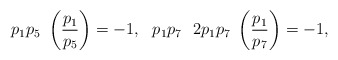
\begin{align*} &p_1p_5\ \left(\frac{p_1}{p_5}\right)=-1,\ \ p_1p_7\ \ 2p_1p_7\ \left(\frac{p_1}{p_7}\right)=-1, \end{align*}